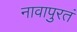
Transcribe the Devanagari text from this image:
नावापुरतं